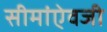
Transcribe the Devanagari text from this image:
सीमांऐवजी